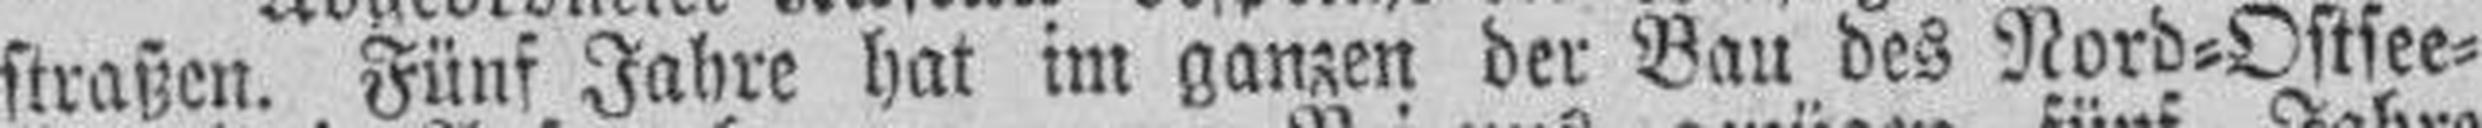
straßen. Fünf Jahre hat im ganzen der Bau des Nord=Ostsee=